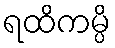
ရထိကမ္ပိ